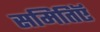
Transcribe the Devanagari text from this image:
समितिऍ